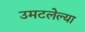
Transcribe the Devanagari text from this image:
उमटलेल्या